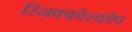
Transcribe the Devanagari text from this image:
स्निक्कोस्कोप